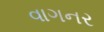
વાગનર